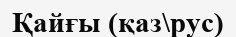
Қайғы (қаз\рус)